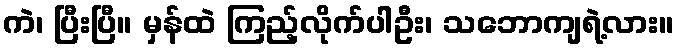
ကဲ၊ ပြီးပြီ။ မှန်ထဲ ကြည့်လိုက်ပါဦး၊ သဘောကျရဲ့လား။